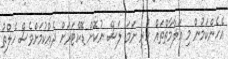
އެހެންކަމުން މި އަލާމާތްތައް ހުރި ނަމަ ލަސް ނުކޮށް ޑޮކްޓަރަށް ދެއްކުމަށްވެސް ހެލްތު